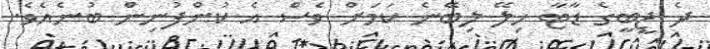
ދެ ޖީބީގެ ޑާޓާ ހިލޭ ލިބޭނެ ކަމަށް ވެސް އެ ކުންފުނިން ބުނެއެވެ.